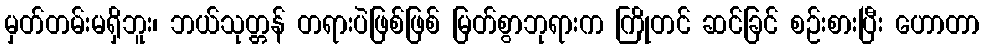
မှတ်တမ်းမရှိဘူး၊ ဘယ်သုတ္တန် တရားပဲဖြစ်ဖြစ် မြတ်စွာဘုရားက ကြိုတင် ဆင်ခြင် စဉ်းစားပြီး ဟောတာ